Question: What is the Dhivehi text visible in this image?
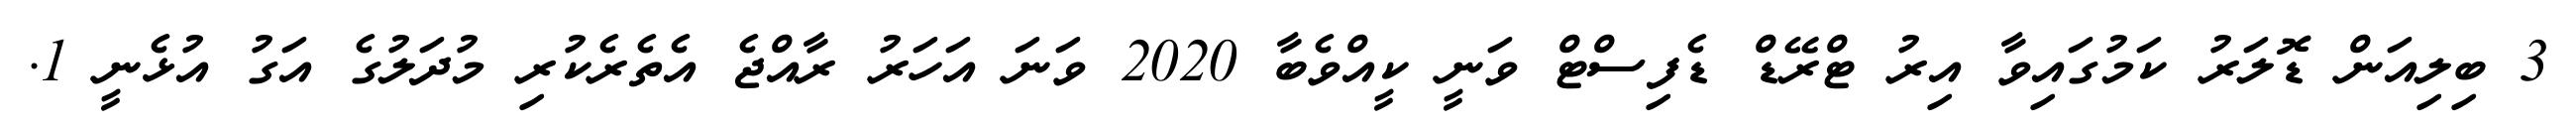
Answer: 3 ބިލިއަން ޑޮލަރު ކަމުގައިވާ އިރު ޓްރޭޑް ޑެފިސްޓް ވަނީ ކީއްވެބާ 2020 ވަނަ އަހަރު ރާއްޖެ އެތެރެކުރި މުދަލުގެ އަގު އުޅެނީ 1.